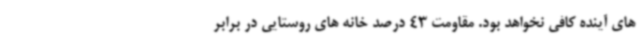
های آینده کافی نخواهد بود. مقاومت 43 درصد خانه های روستایی در برابر